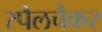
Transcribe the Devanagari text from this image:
स्पैलचैकर